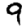
Digit: 9